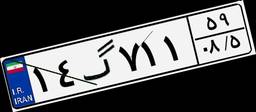
۹۷گ۶۷۲۸۶